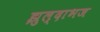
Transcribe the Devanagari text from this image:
झुल्दाभज